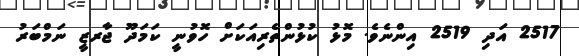
2517 އަދި 2519 އިންނެވެ. މޮޅު ކުޅުންތެރިއަކަށް ހޮވުނީ ކަމަދޫ ޖާރޒީ ނަމްބަރު